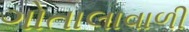
ગોતાલાવાળી